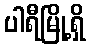
ပါရီမြို့ရှိ